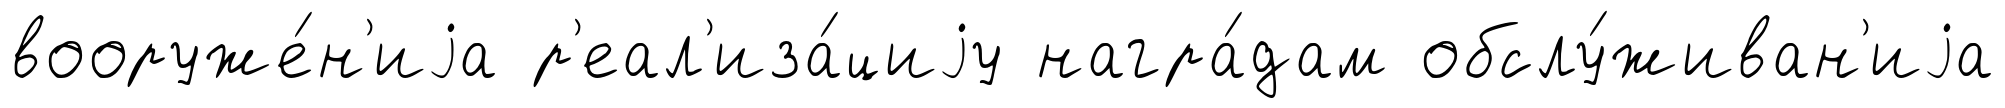
вооруже́н'иjа р'еал'иза́циjу награ́дам обслу́живан'иjа